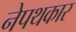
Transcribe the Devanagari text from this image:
नेपथकार